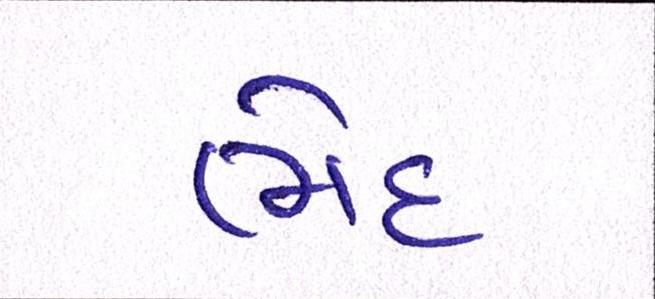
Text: ભેદ